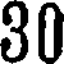
30